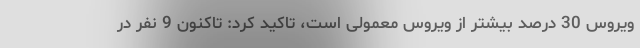
ویروس 30 درصد بیشتر از ویروس معمولی است، تاکید کرد: تاکنون 9 نفر در